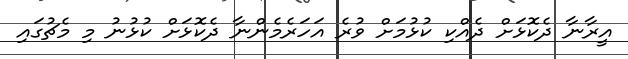
އީރާނާ ދެކޮޅަށް ދެއްކި ކުޅުމަށް ވުރެ އަހަރެމެންނާ ދެކޮޅަށް ކުޅުނު މި މެޗުގައި